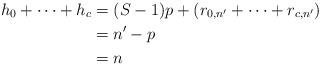
LaTeX: \begin{align*} h_0+\dots+ h_c&=(S-1)p+(r_{0,n'}+\dots+r_{c,n'})\\ &=n'-p\\ &=n \end{align*}